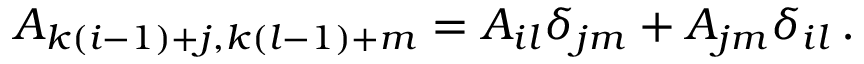
{ \cal A } _ { k ( i - 1 ) + j , k ( l - 1 ) + m } = { A } _ { i l } \delta _ { j m } + { A } _ { j m } \delta _ { i l } \, .